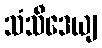
သံသီဒေယျ